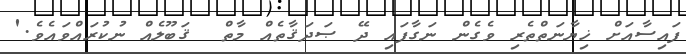
ފައިސާއަށް ޚިޔާނަތްތެރި ވެގެން ނަގާފައި ދޭ ޞަދަޤާތެއް މާތް  ޤަބޫލެއް ނުކުރައްވައެވެ.'